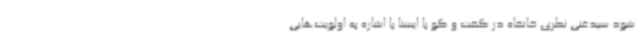
شود سیدغنی نظری خانقاه در گفت و گو با ایسنا با اشاره به اولویت‌هایی